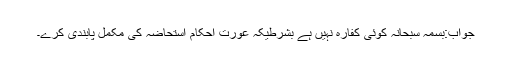
جواب:بسمہ سبحانہ کوئی کفارہ نہیں ہے بشرطیکہ عورت احکام استحاضہ کی مکمل پابندی کرے۔